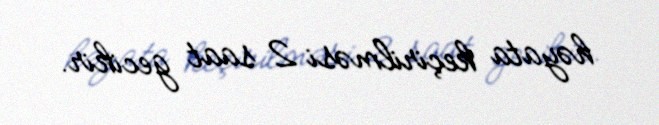
həyata keçirilməsi 2 saat gecikir.